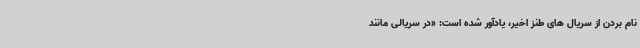
نام بردن از سریال های طنز اخیر، یادآور شده است: «در سریالی مانند